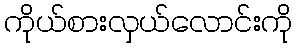
ကိုယ်စားလှယ်လောင်းကို